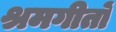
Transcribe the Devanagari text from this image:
श्रमगीतों